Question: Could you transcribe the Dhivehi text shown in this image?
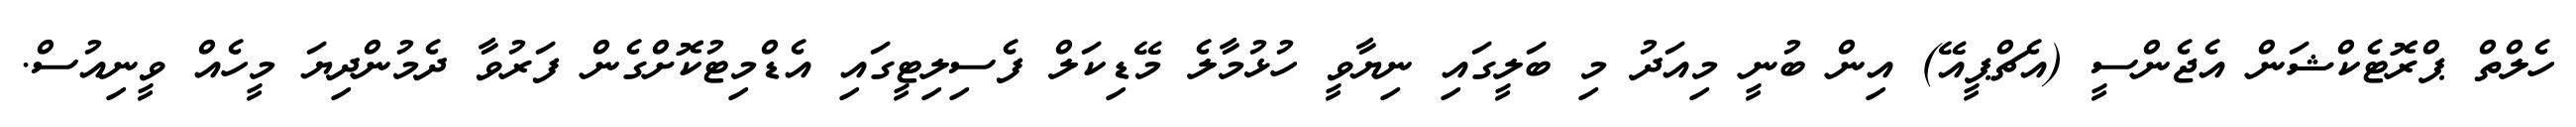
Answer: ހެލްތް ޕްރޮޓެކްޝަން އެޖެންސީ (އެޗްޕީއޭ) އިން ބުނީ މިއަދު މި ބަލީގައި ނިޔާވީ ހުޅުމާލެ މޭޑިކަލް ފެސިލިޓީގައި އެޑްމިޓުކޮށްގެން ފަރުވާ ދެމުންދިޔަ މީހެއް ވީނިއުސް.